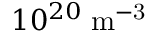
1 0 ^ { 2 0 } \; \mathrm { m ^ { - 3 } }